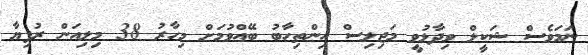
ނަމަވެސް ޝަކީލް ވިދާޅުވީ މަޖިލިސް އިންތިހާބު ބޭއްވުމަށް މިހާރު 38 މިލިއަން ރުފިޔާ